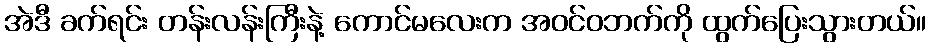
အဲဒီ ခက်ရင်း တန်းလန်းကြီးနဲ့ ကောင်မလေးက အဝင်ဝဘက်ကို ထွက်ပြေးသွားတယ်။